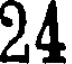
24